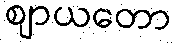
ဈာယတော